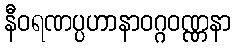
နီဝရဏပ္ပဟာနာဝဂ္ဂဝဏ္ဏနာ